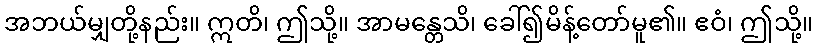
အဘယ်မျှတို့နည်း။ ဣတိ၊ ဤသို့။ အာမန္တေသိ၊ ခေါ်၍မိန့်တော်မူ၏။ ဧဝံ၊ ဤသို့။